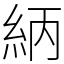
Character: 䋑